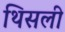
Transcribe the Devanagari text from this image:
थिसली